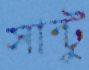
সান্টু